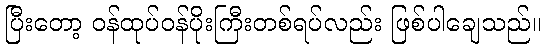
ပြီးတော့ ဝန်ထုပ်ဝန်ပိုးကြီးတစ်ရပ်လည်း ဖြစ်ပါချေသည်။